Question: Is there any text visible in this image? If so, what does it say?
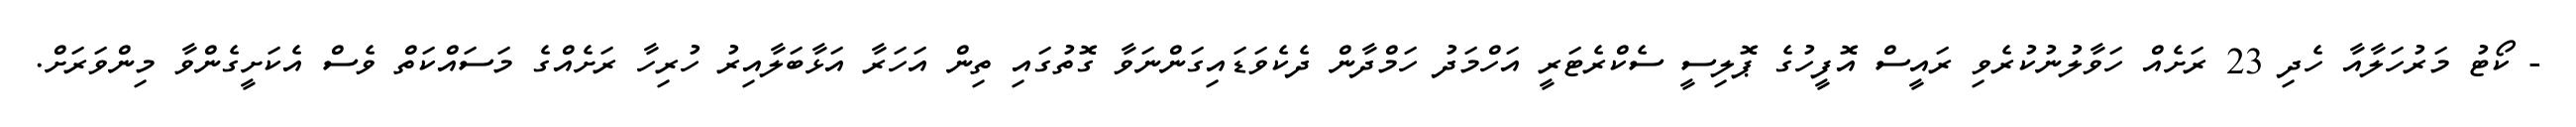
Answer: - ކޯޓު މަރުހަލާއާ ހެދި 23 ރަށެއް ހަވާލުނުކުރެވި ރައީސް އޮފީހުގެ ޕޮލިސީ ސެކްރެޓަރީ އަހްމަދު ހަމްދާން ދެކެވަޑައިގަންނަވާ ގޮތުގައި ތިން އަހަރާ އަޅާބަލާއިރު ހުރިހާ ރަށެއްގެ މަސައްކަތް ވެސް އެކަށީގެންވާ މިންވަރަށް.